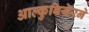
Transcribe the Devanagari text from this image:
आल्कुबियेरने